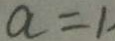
a = 1